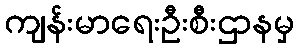
ကျန်းမာရေးဦးစီးဌာနမှ